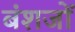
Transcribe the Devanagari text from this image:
बंशजों